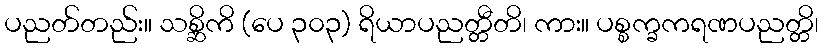
ပညတ်တည်း။ သစ္ဆိကိ (ပေ ၃၀၃) ရိယာပညတ္တီတိ၊ ကား။ ပစ္စက္ခကရဏပညတ္တိ၊